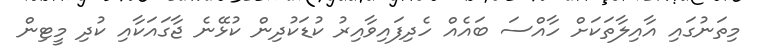
މިތަނުގައި އާއިލާތަކަށް ހާއްސަ ބައެއް ހެދިފައިވާއިރު ކުޑަކުދިން ކުޅޭނެ ޖާގައަކާއި ކުދި މީޓިން